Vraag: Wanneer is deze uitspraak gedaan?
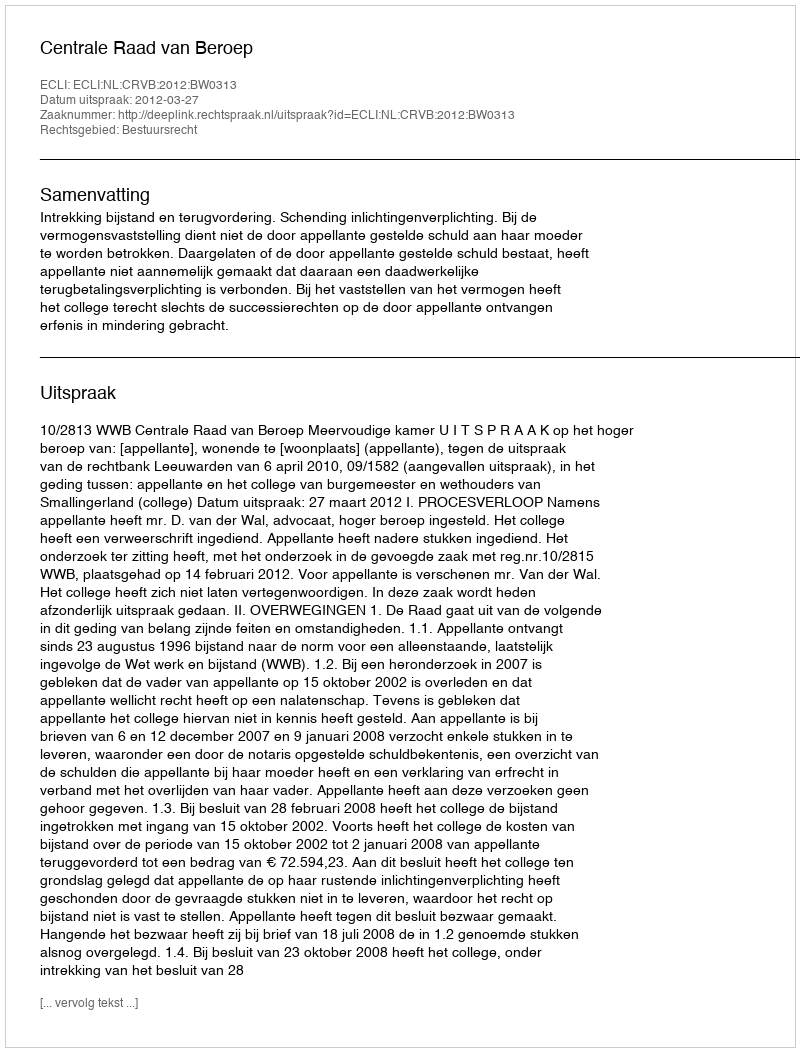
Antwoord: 2012-03-27